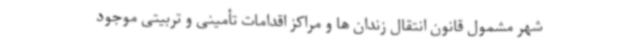
شهر مشمول ‌قانون انتقال زندان ها و مراکز اقدامات تأمینی و تربیتی موجود